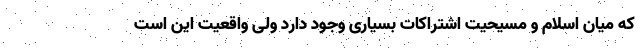
که میان اسلام و مسیحیت اشتراکات بسیاری وجود دارد ولی واقعیت این است